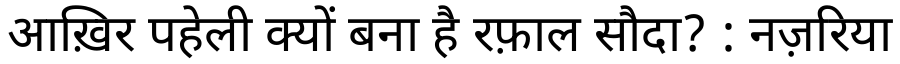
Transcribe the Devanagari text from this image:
आख़िर पहेली क्यों बना है रफ़ाल सौदा? : नज़रिया